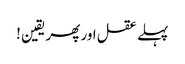
پہلے عقل اور پھر یقین !